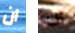
ان أنت